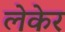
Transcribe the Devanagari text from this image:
लेकेर